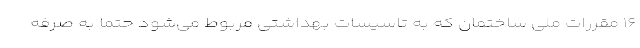
۱۶ مقررات ملی ساختمان که به تاسیسات بهداشتی مربوط می‌شود حتما به صرفه